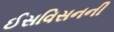
ઈસવિસનની